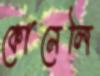
কোনেলি